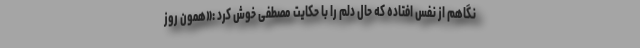
نگاهم از نفس افتاده که حال دلم را با حکایت مصطفی خوش کرد :«همون روز